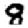
Digit: 8